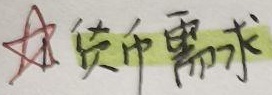
★货币需求